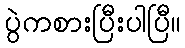
ပွဲကစားပြီးပါပြီ။